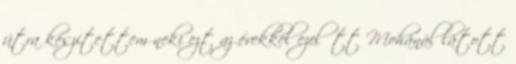
útra készítettem neki ezt az évekkel ezelőtt Mohánál látott